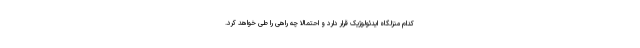
کدام منزلگاه ایدئولوژیک قرار دارد و احتمالا چه راهی را طی خواهد کرد.